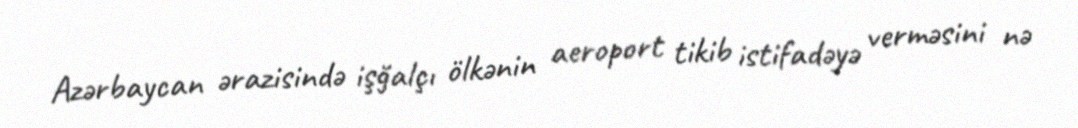
Azərbaycan ərazisində işğalçı ölkənin aeroport tikib istifadəyə verməsini nə